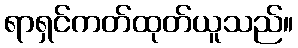
ရာရှင်ကတ်ထုတ်ယူသည်။